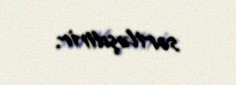
sərtləşdirir.